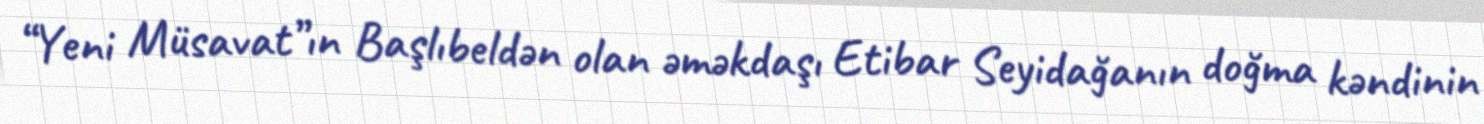
“Yeni Müsavat”ın Başlıbeldən olan əməkdaşı Etibar Seyidağanın doğma kəndinin